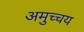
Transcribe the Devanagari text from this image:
अमुच्चय